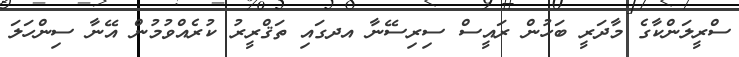
ސްރީލަންކާގެ މާދަރީ ބަހުން ރައީސް ސިރިސޭނާ އދގައި ތަޤްރީރު ކުރެއްވުމުން އޭނާ ސިންހަލަ